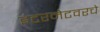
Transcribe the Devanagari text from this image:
इंटरनेटवरचे